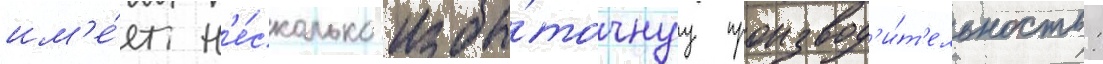
им'е́ет н'е́сколько избы́точнуу производ'и́т'ельность: